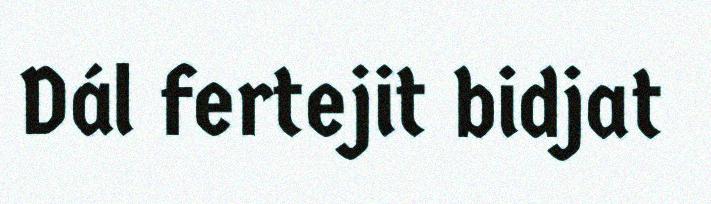
Dál fertejit bidjat